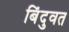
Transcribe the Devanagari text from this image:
बिंदुवत